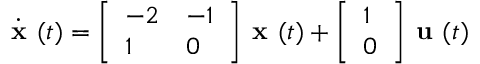
{ \dot { \textbf { x } } } ( t ) = { \left[ \begin{array} { l l } { - 2 } & { - 1 } \\ { 1 } & { 0 } \end{array} \right] } { \textbf { x } } ( t ) + { \left[ \begin{array} { l } { 1 } \\ { 0 } \end{array} \right] } { \textbf { u } } ( t )